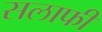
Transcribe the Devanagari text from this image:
सलाफी